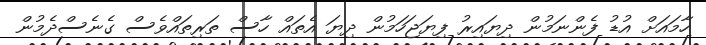
ހާމައަށް އުޑު ފެންނަމުން ދިޔައިރު ފިޔަޖަހަމުން ދިޔަ އެތައް ހާސް ތަރިތައްވެސް ގެނެސްދެމުން